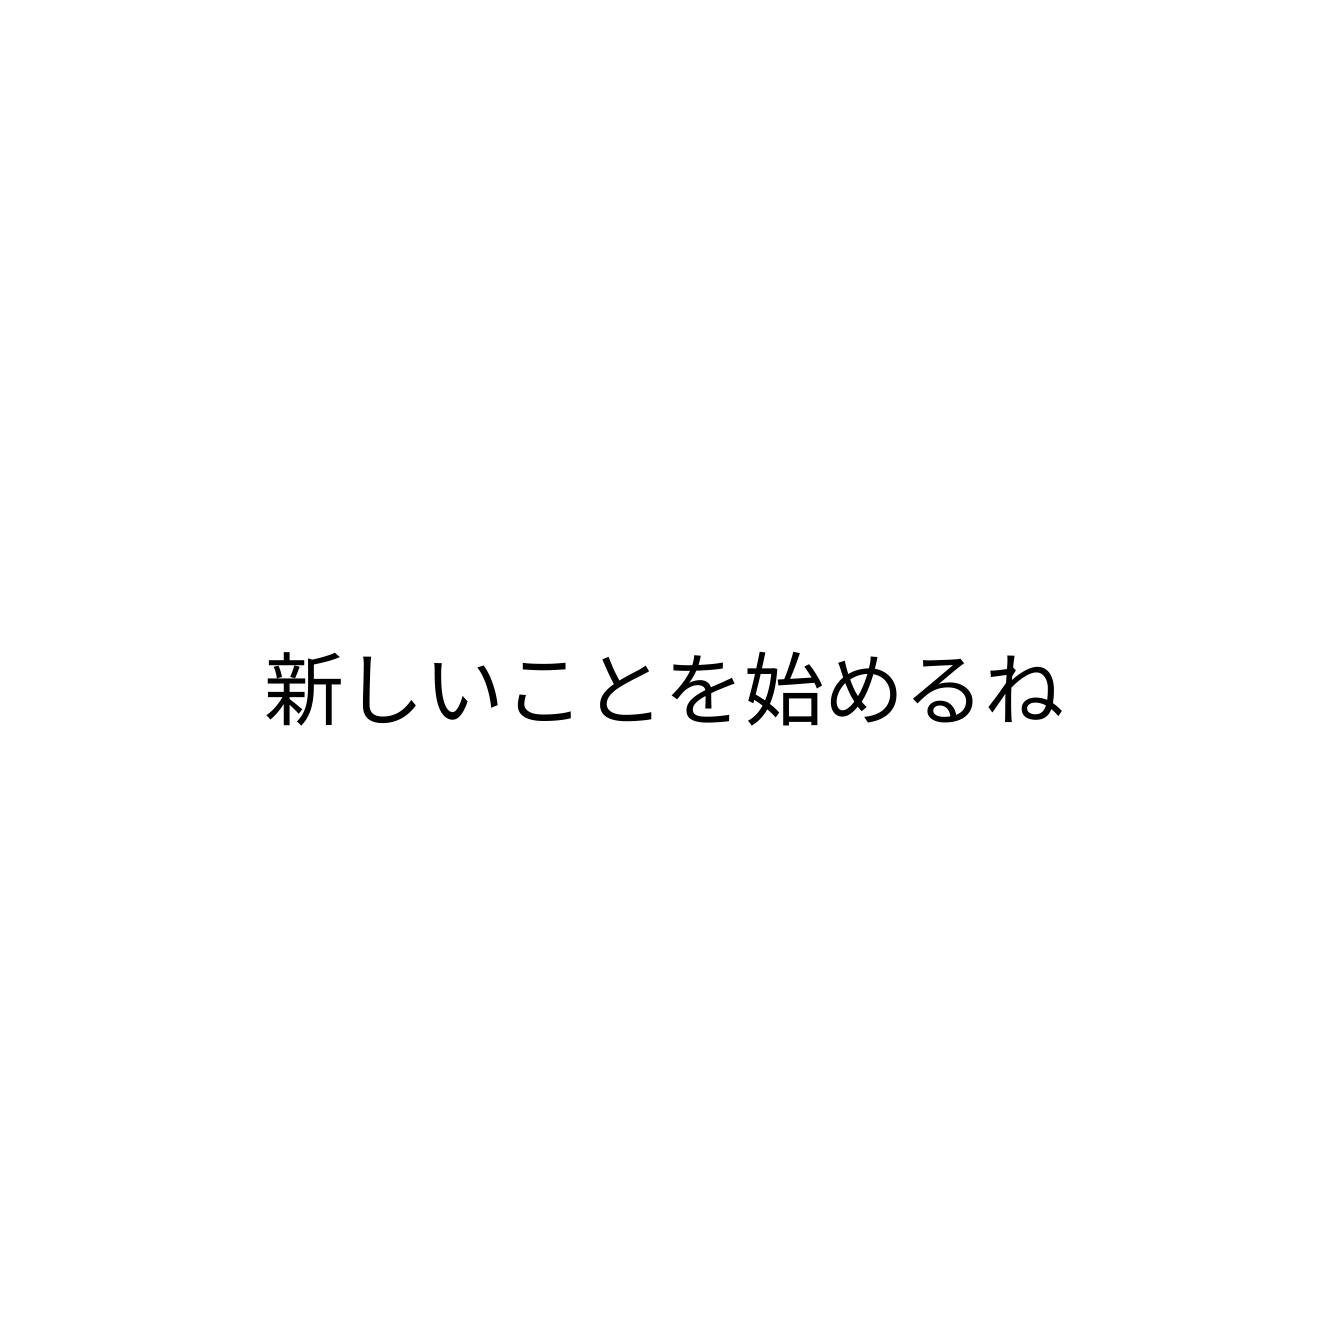
新しいことを始めるね